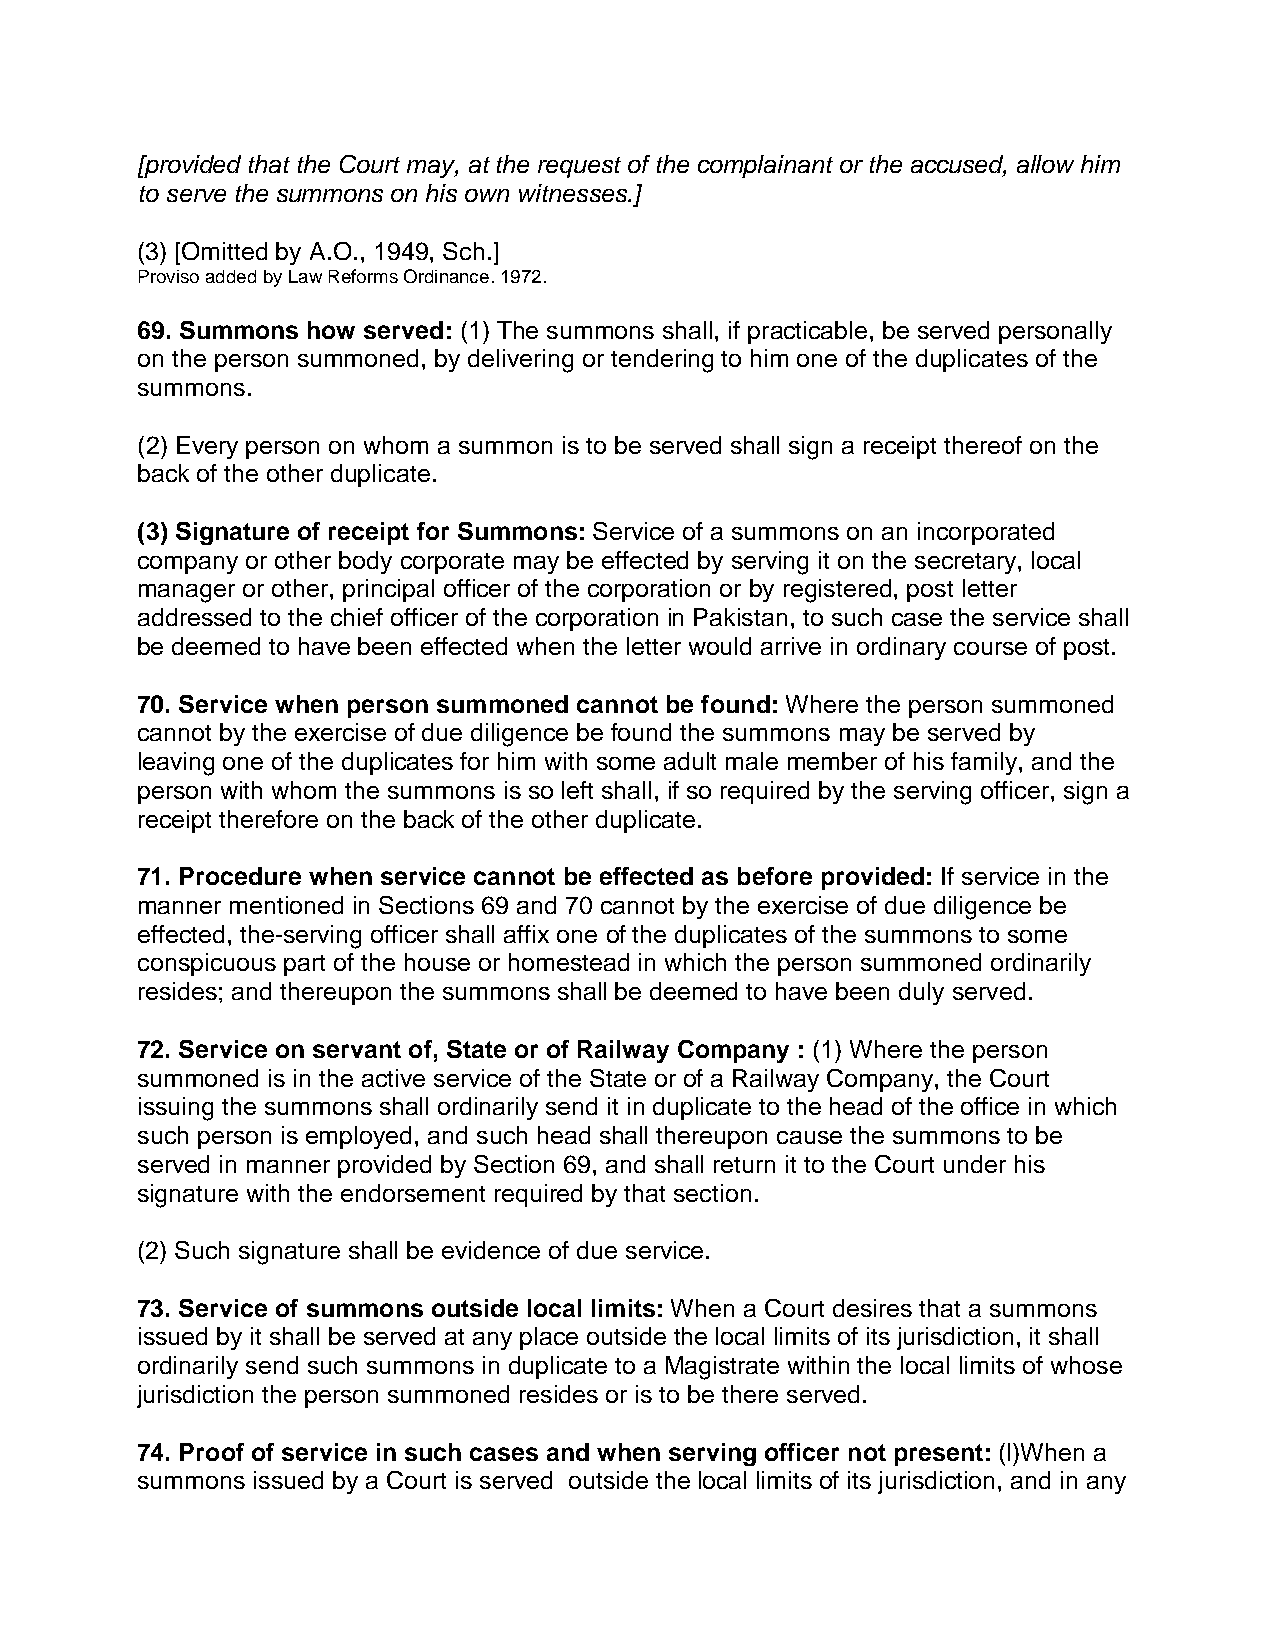
[provided that the Court may, at the request of the complainant or the accused, allow him
 to serve the summons on his own witnesses.]
 (3) [Omitted by A.O., 1949, Sch.]
 Proviso added by Law Reforms Ordinance. 1972.
 69. Summons how served: (1) The summons shall, if practicable, be served personally
 on the person summoned, by delivering or tendering to him one of the duplicates of the
 summons.
 (2) Every person on whom a summon is to be served shall sign a receipt thereof on the
 back of the other duplicate.
 (3) Signature of receipt for Summons: Service of a summons on an incorporated
 company or other body corporate may be effected by serving it on the secretary, local
 manager or other, principal officer of the corporation or by registered, post letter
 addressed to the chief officer of the corporation in Pakistan, to such case the service shall
 be deemed to have been effected when the letter would arrive in ordinary course of post.
 70. Service when person summoned cannot be found: Where the person summoned
 cannot by the exercise of due diligence be found the summons may be served by
 leaving one of the duplicates for him with some adult male member of his family, and the
 person with whom the summons is so left shall, if so required by the serving officer, sign a
 receipt therefore on the back of the other duplicate.
 71. Procedure when service cannot be effected as before provided: If service in the
 manner mentioned in Sections 69 and 70 cannot by the exercise of due diligence be
 effected, the-serving officer shall affix one of the duplicates of the summons to some
 conspicuous part of the house or homestead in which the person summoned ordinarily
 resides; and thereupon the summons shall be deemed to have been duly served.
 72. Service on servant of, State or of Railway Company : (1) Where the person
 summoned is in the active service of the State or of a Railway Company, the Court
 issuing the summons shall ordinarily send it in duplicate to the head of the office in which
 such person is employed, and such head shall thereupon cause the summons to be
 served in manner provided by Section 69, and shall return it to the Court under his
 signature with the endorsement required by that section.
 (2) Such signature shall be evidence of due service.
 73. Service of summons outside local limits: When a Court desires that a summons
 issued by it shall be served at any place outside the local limits of its jurisdiction, it shall
 ordinarily send such summons in duplicate to a Magistrate within the local limits of whose
 jurisdiction the person summoned resides or is to be there served.
 74. Proof of service in such cases and when serving officer not present: (l)When a
 summons issued by a Court is served outside the local limits of its jurisdiction, and in any